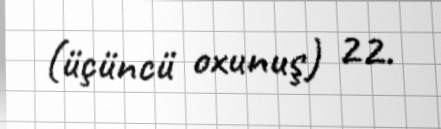
(üçüncü oxunuş) 22.